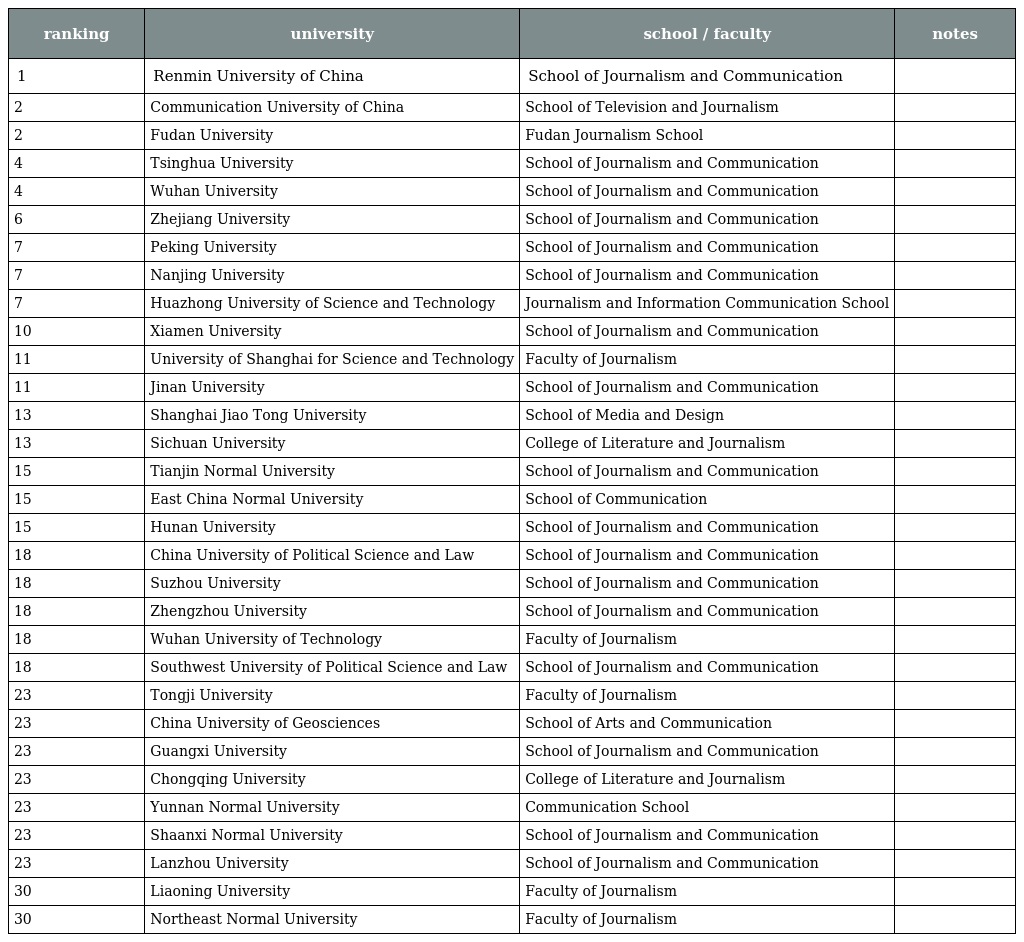
| ranking | university | school / faculty | notes |
 | --- | --- | --- | --- |
 | 1 | Renmin University of China | School of Journalism and Communication |  |
 | 2 | Communication University of China | School of Television and Journalism |  |
 | 2 | Fudan University | Fudan Journalism School |  |
 | 4 | Tsinghua University | School of Journalism and Communication |  |
 | 4 | Wuhan University | School of Journalism and Communication |  |
 | 6 | Zhejiang University | School of Journalism and Communication |  |
 | 7 | Peking University | School of Journalism and Communication |  |
 | 7 | Nanjing University | School of Journalism and Communication |  |
 | 7 | Huazhong University of Science and Technology | Journalism and Information Communication School |  |
 | 10 | Xiamen University | School of Journalism and Communication |  |
 | 11 | University of Shanghai for Science and Technology | Faculty of Journalism |  |
 | 11 | Jinan University | School of Journalism and Communication |  |
 | 13 | Shanghai Jiao Tong University | School of Media and Design |  |
 | 13 | Sichuan University | College of Literature and Journalism |  |
 | 15 | Tianjin Normal University | School of Journalism and Communication |  |
 | 15 | East China Normal University | School of Communication |  |
 | 15 | Hunan University | School of Journalism and Communication |  |
 | 18 | China University of Political Science and Law | School of Journalism and Communication |  |
 | 18 | Suzhou University | School of Journalism and Communication |  |
 | 18 | Zhengzhou University | School of Journalism and Communication |  |
 | 18 | Wuhan University of Technology | Faculty of Journalism |  |
 | 18 | Southwest University of Political Science and Law | School of Journalism and Communication |  |
 | 23 | Tongji University | Faculty of Journalism |  |
 | 23 | China University of Geosciences | School of Arts and Communication |  |
 | 23 | Guangxi University | School of Journalism and Communication |  |
 | 23 | Chongqing University | College of Literature and Journalism |  |
 | 23 | Yunnan Normal University | Communication School |  |
 | 23 | Shaanxi Normal University | School of Journalism and Communication |  |
 | 23 | Lanzhou University | School of Journalism and Communication |  |
 | 30 | Liaoning University | Faculty of Journalism |  |
 | 30 | Northeast Normal University | Faculty of Journalism |  |